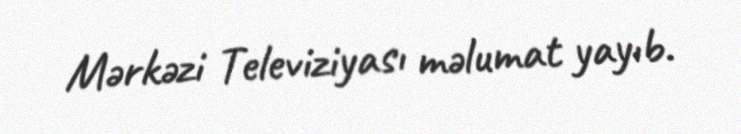
Mərkəzi Televiziyası məlumat yayıb.